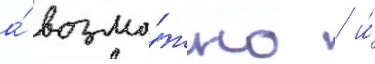
а́ возмо́жно / и́